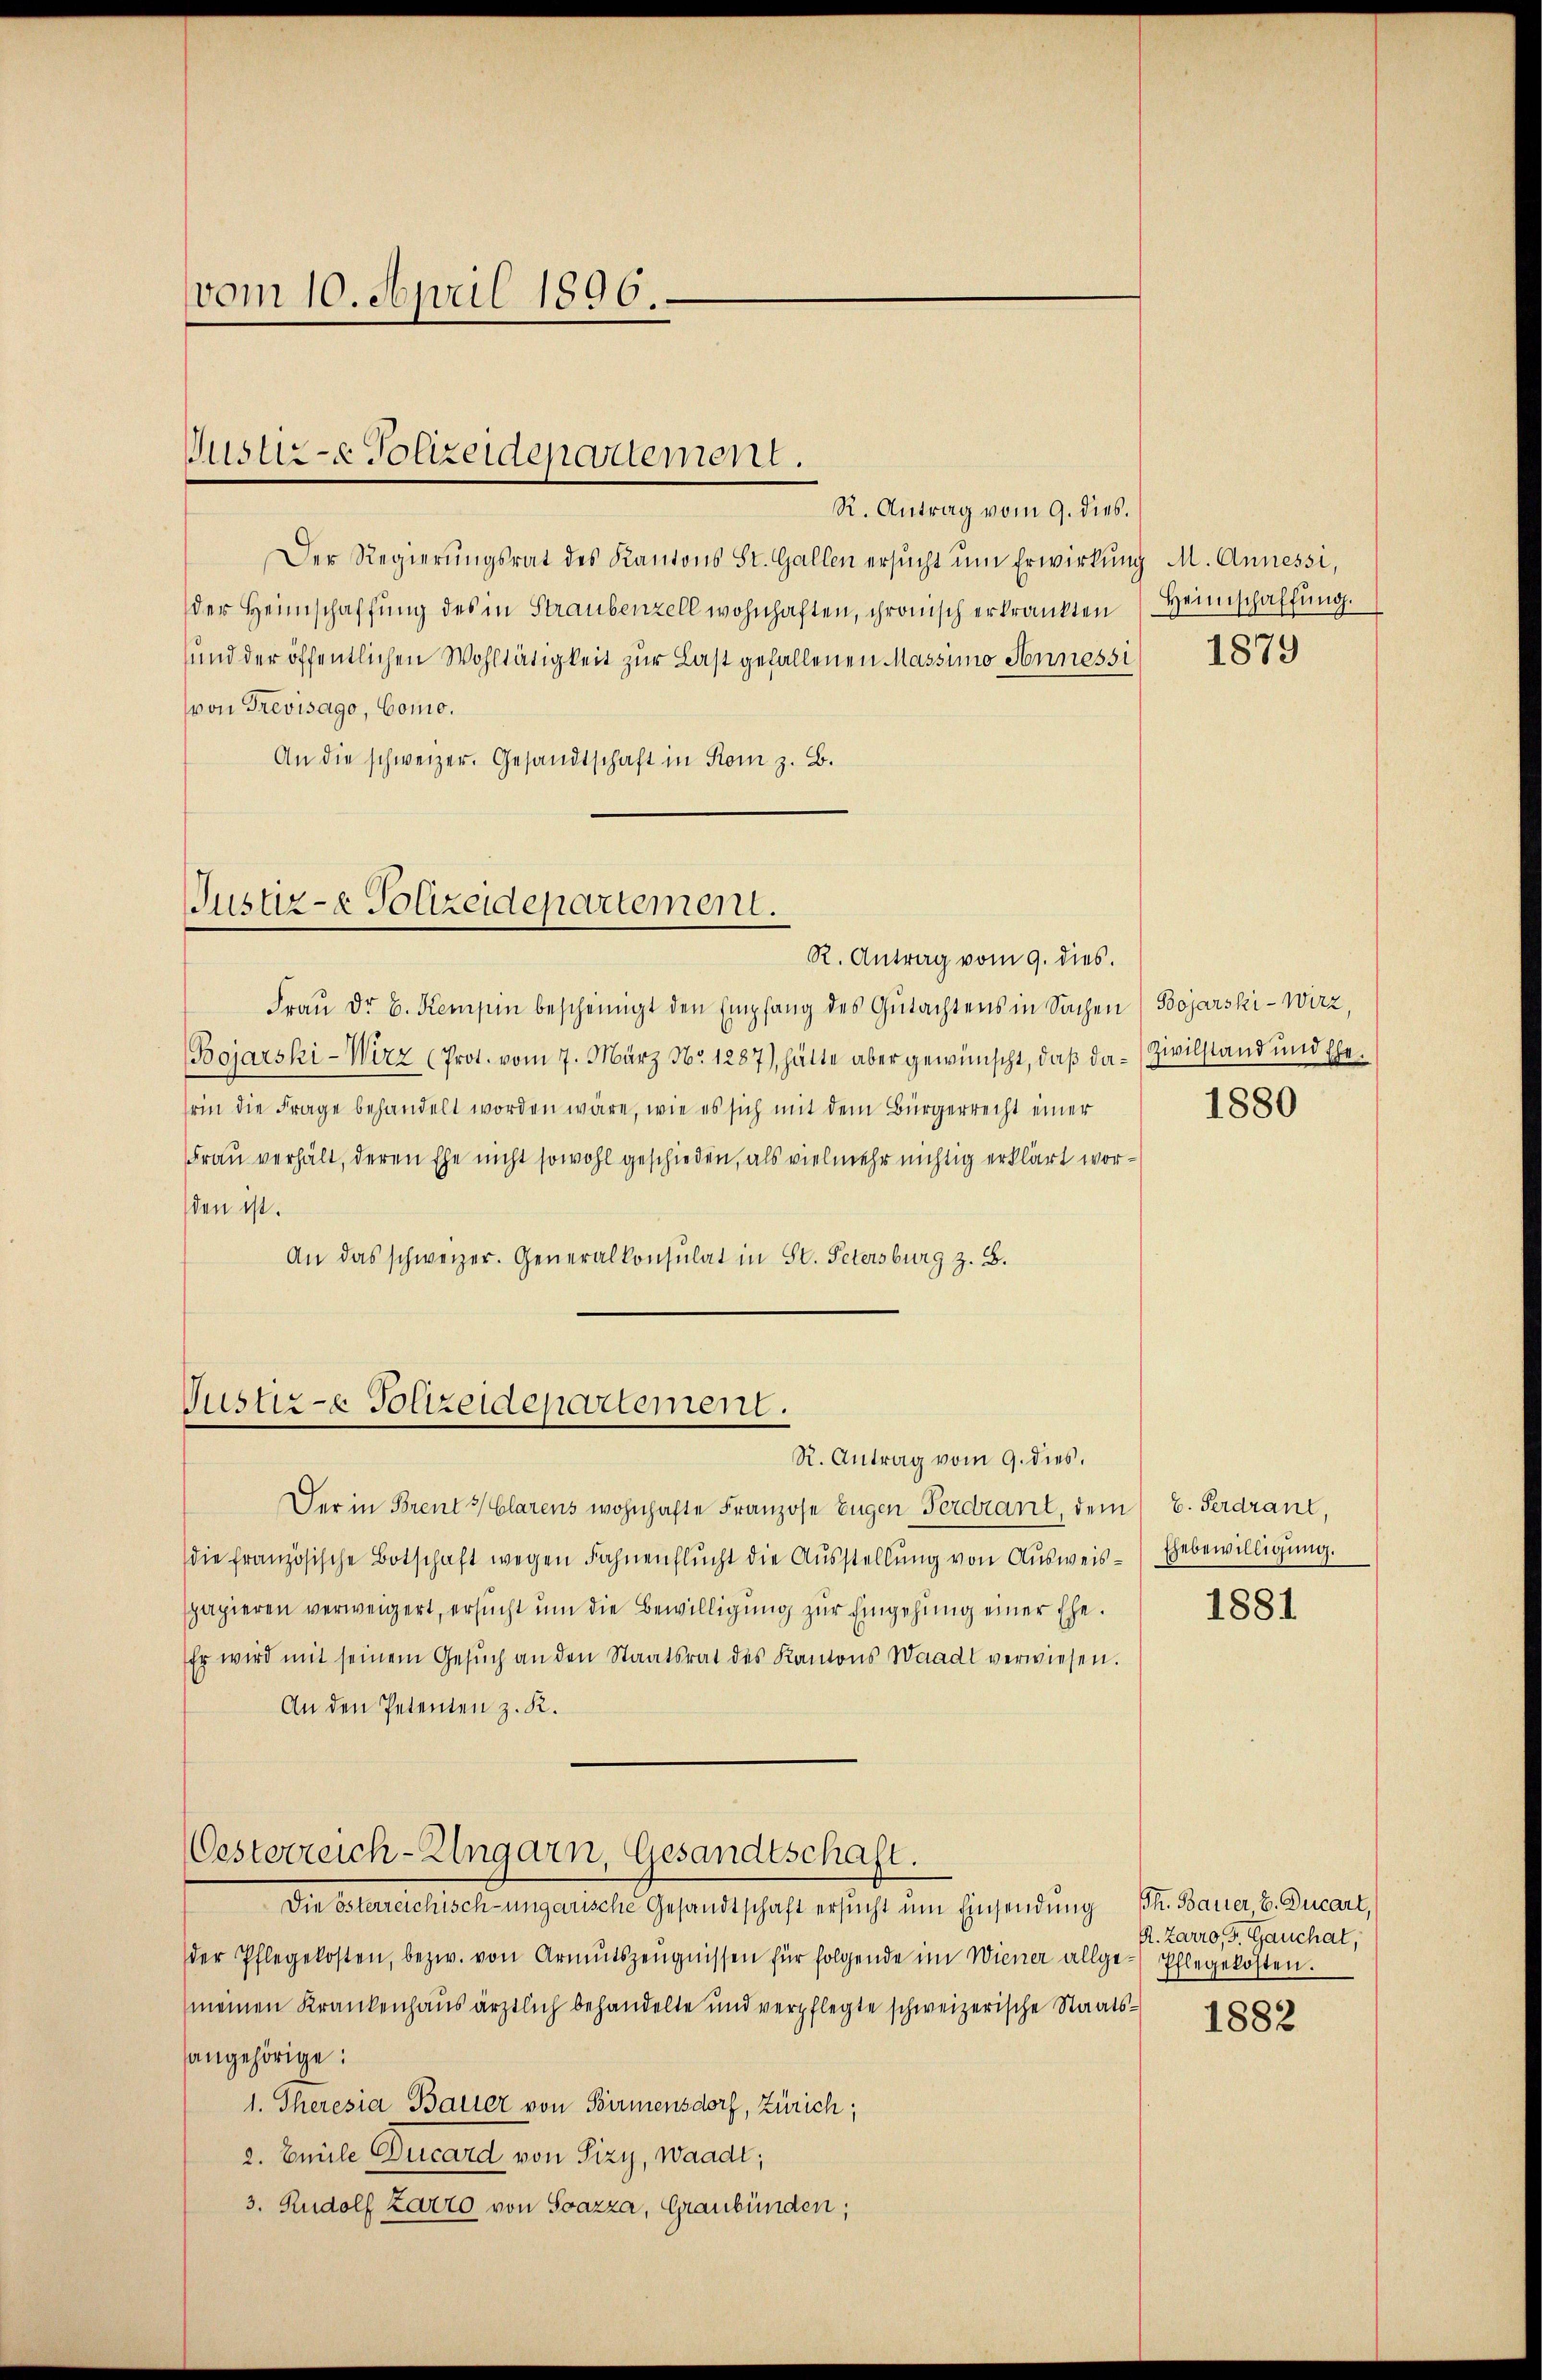
vom 10. April 1896.

Justiz- Polizeidepartement.

Der Regierŭngsrat des Kantons St. Gallen ersŭcht ŭm Erwirkung M. Annessi,
der Heimschaffŭng des in Straubenzell wohnhaften, chronisch erkränkten Heimschaffŭng.
und der öffentlichen Wohltätigkeit zur Last gefallenen Massimo Sonnessi
von Trevisago, Como.
An die schweizer. Gesandtschaft in Rom z. B.

Justiz- & Polizeidepartement.

Tustiz- & Polizeidepartement.

R. Antrag vom 9. dies.

Oesterreich-Ungarn, Gesandtschaft.

Frau Dr. B. Kempin bescheinigt den Empfang des Gutachtens in Sachen) Bojarski-Wirz,
Bojarski -Wirz (Prot. vom 7. März No. 1287), hätte aber gewünscht, daß da-Zivilstand und Ehesrin die Frage behandelt worden wäre, wie es sich mit dem Bürgerrecht einer
Frau verhält, deren Ehe nicht sowohl geschieden, als vielmehr nichtig erklärt worden ist.
An das schweizer. Generalkonsulat in St. Petersburg z. B.

R. Antrag vom 9. dies

R. Antrag vom 9. dies.
Der in Brent Clarens wohnhafte Franzose Eugen Ferdrant, dem 6. Ferdrant,
die französische Botschaft wegen Fahnenflŭcht die Aŭsstellung von Ausweisspapieren verweigert, ersŭcht ŭm die Bewilligŭng zŭr Eingehung einer Ehe.
Er wird mit seinem Gesŭch an den Staatsrat des Kantons Waadt verwiesen.
An den Petenten z. K.

Die österreichisch-ungarische Gesandtschaft ersucht um Einsendung Th. Bauer B. Ducart,
der Pflegekosten, bezw. von Armutszeŭgnissen für folgende im Wiener allge-Pflegekosten.
meinen Krankenhaus ärztlich behandelte und verpflegte schweizerische Staats-
angehörige:
1. Theresia Bauer von Birmensdorf, Zürich;
2. Emile Ducard von Pizy, Waadt;
3. Rudolf Zarro von Soazza, Graubünden;

1879

1880

Ehebewilligung.

1881

R. Zarro, Dr. Gauchat,

1882